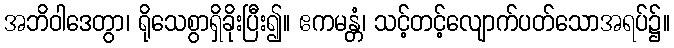
အဘိဝါဒေတွာ၊ ရိုသေစွာရှိခိုးပြီး၍။ ဧကမန္တံ၊ သင့်တင့်လျောက်ပတ်သောအရပ်၌။